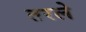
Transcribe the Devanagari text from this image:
तरले